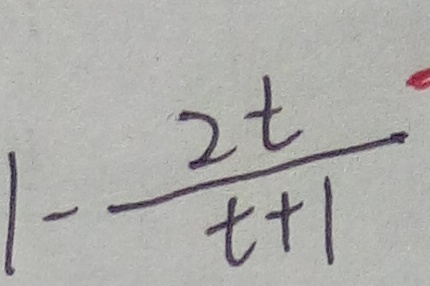
1 - \frac { 2 t } { t + 1 }